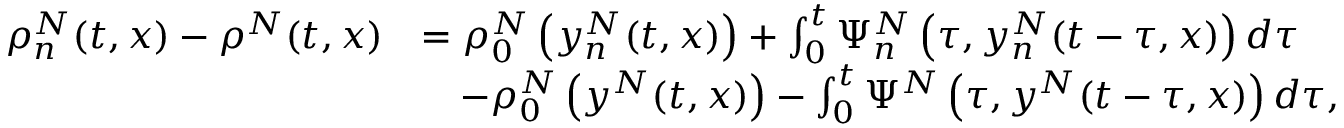
\begin{array} { r l } { \rho _ { n } ^ { N } ( t , x ) - \rho ^ { N } ( t , x ) } & { = \rho _ { 0 } ^ { N } \left( y _ { n } ^ { N } ( t , x ) \right) + \int _ { 0 } ^ { t } \Psi _ { n } ^ { N } \left( \tau , y _ { n } ^ { N } ( t - \tau , x ) \right) d \tau } \\ & { \quad - \rho _ { 0 } ^ { N } \left( y ^ { N } ( t , x ) \right) - \int _ { 0 } ^ { t } \Psi ^ { N } \left( \tau , y ^ { N } ( t - \tau , x ) \right) d \tau , } \end{array}